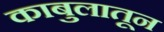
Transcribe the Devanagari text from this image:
काबुलातून